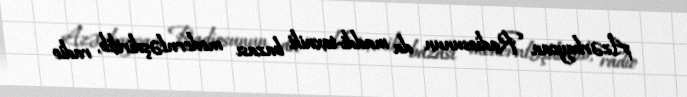
Azərbaycan Radiosunun da maddi-texniki bazası modernləşdirilib, radio